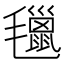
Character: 㲱